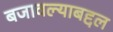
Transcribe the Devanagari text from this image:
बजावल्याबद्दल